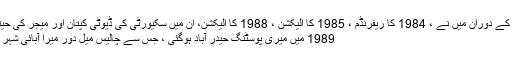
اپنی فوجی سروس کے دوران میں نے ، 1984 کا ریفرنڈم ، 1985 کا الیکشن ، 1988 کا الیکشن، اِن میں سکیورٹی کی ڈیوٹی کپتان اور میجر کی حیثیت سے انجام دیں
1989 میں میری پوسٹنگ حیدر آباد ہوگئی ، جس سے چالیس میل دور میرا آبائی شہر میرپورخاص تھا ۔